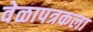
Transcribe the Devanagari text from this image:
वेळापत्रकला